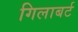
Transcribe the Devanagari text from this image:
गिलाबर्ट